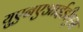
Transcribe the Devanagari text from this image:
युएनएआईडीएस